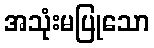
အသုံးမပြုသော